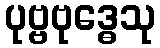
ပုဗ္ဗဗုဒ္ဓေသု